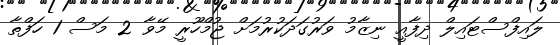
ލައިފްސްޓައިލް ދިފާއީ ނިޒާމު ވަރުގަދަކުރުމަށް ޖުމްހޫރީ މޭވާ 2 މަސް 1 ހަފްތާ